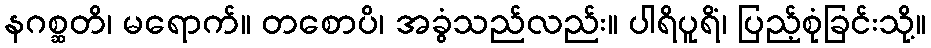
နဂစ္ဆတိ၊ မရောက်။ တစောပိ၊ အခွံသည်လည်း။ ပါရိပူရိံ၊ ပြည့်စုံခြင်းသို့။